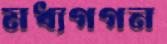
মধ্যগগন